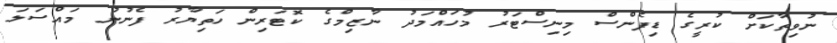
ނުވިތާކަށް ކުރީގެ ޑިފެންސް މިނިސްޓަރު މުހައްމަދު ނާޒިމްގެ ކޮޓަރިން ހަތިޔާރު ފެނުނު މައްސަލަ